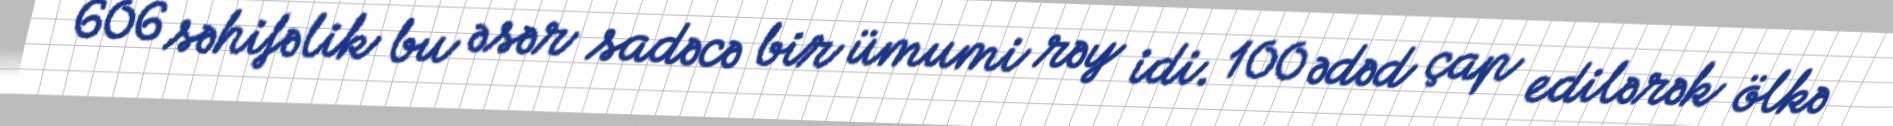
606 səhifəlik bu əsər sadəcə bir ümumi rəy idi. 100 ədəd çap edilərək ölkə